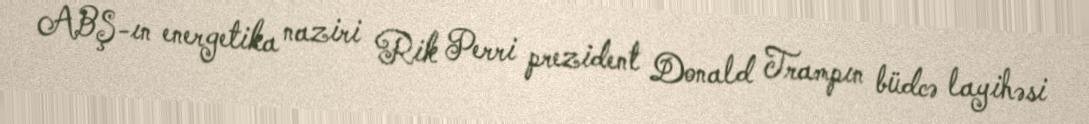
ABŞ-ın energetika naziri Rik Perri prezident Donald Trampın büdcə layihəsi